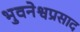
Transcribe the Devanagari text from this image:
भुवनेश्वप्रसाद